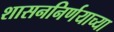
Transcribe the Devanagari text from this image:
शासननिर्णयाच्या